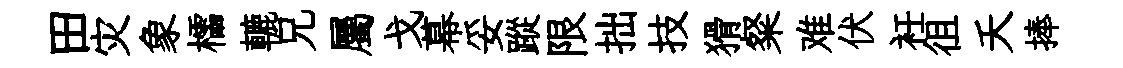
田灾象櫺轆兄屬戈幕妥蹤限拙技猾粲难伏衽徂夭捧